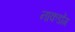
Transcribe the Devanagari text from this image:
नाकडोंग